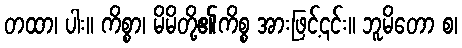
တထာ၊ ပါး။ ကိစ္စာ၊ မိမိတို့၏ကိစ္စ အားဖြင့်၎င်း။ ဘူမိတော စ၊